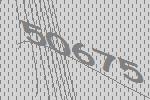
50675